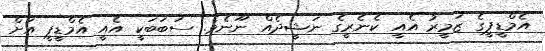
އެމްޑީޕީގެ ޒަމީރު އެއީ ކެނެރީގެ ނަޝީދެއް ނޫނެވެ. ސަބަބަކީ އެއީ އެމްޑީޕީ އަށް